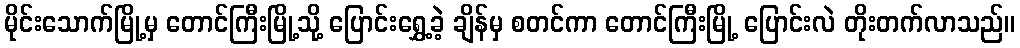
မိုင်းသောက်မြို့မှ တောင်ကြီးမြို့သို့ ပြောင်းရွှေ့ခဲ့ ချိန်မှ စတင်ကာ တောင်ကြီးမြို့ ပြောင်းလဲ တိုးတက်လာသည်။